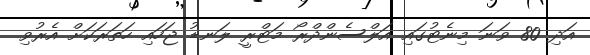
އަދި 80 ވަނަ މިނެޓުގައި އަލްސެންދްރޯ މަޓްރީ ލަނޑު ޖަހައި ހަތަރަކަށް އެރުވި